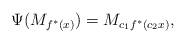
LaTeX: \begin{align*}\Psi(M_{f^*(x)})=M_{c_1f^*(c_2x)},\end{align*}